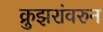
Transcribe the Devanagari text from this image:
क्रुझरांवरुन